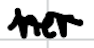
Text: her
Cross-out: wave
Writing tool: digital_black